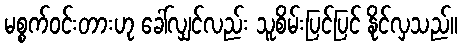
မစ္စက်ဝင်းတားဟု ခေါ်လျှင်လည်း သူစိမ်းပြင်ပြင် နိုင်လှသည်။